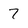
Character: 7